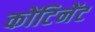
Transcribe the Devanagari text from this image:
कोंटिनेंट